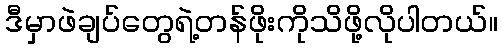
ဒီမှာဖဲချပ်တွေရဲ့တန်ဖိုးကိုသိဖို့လိုပါတယ်။